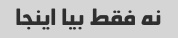
نه فقط بیا اینجا